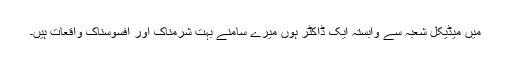
میں میڈیکل شعبہ سے وابستہ ایک ڈاکٹر ہوں میرے سامنے بہت شرمناک اور افسوسناک واقعات ہیں۔